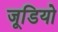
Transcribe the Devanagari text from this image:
जूडियो